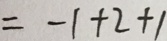
= - 1 + 2 + 1